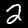
Digit: 2